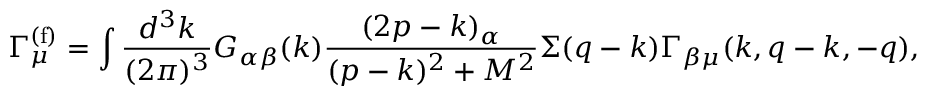
\Gamma _ { \mu } ^ { ( \mathrm { f ) } } = \int { \frac { d ^ { 3 } k } { ( 2 \pi ) ^ { 3 } } } G _ { \alpha \beta } ( k ) { \frac { ( 2 p - k ) _ { \alpha } } { ( p - k ) ^ { 2 } + M ^ { 2 } } } \Sigma ( q - k ) \Gamma _ { \beta \mu } ( k , q - k , - q ) ,